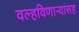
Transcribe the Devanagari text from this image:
वल्हविणाऱ्यांसह